Medical and sanitary report of the native army of Bengal for the year
Year: 1877
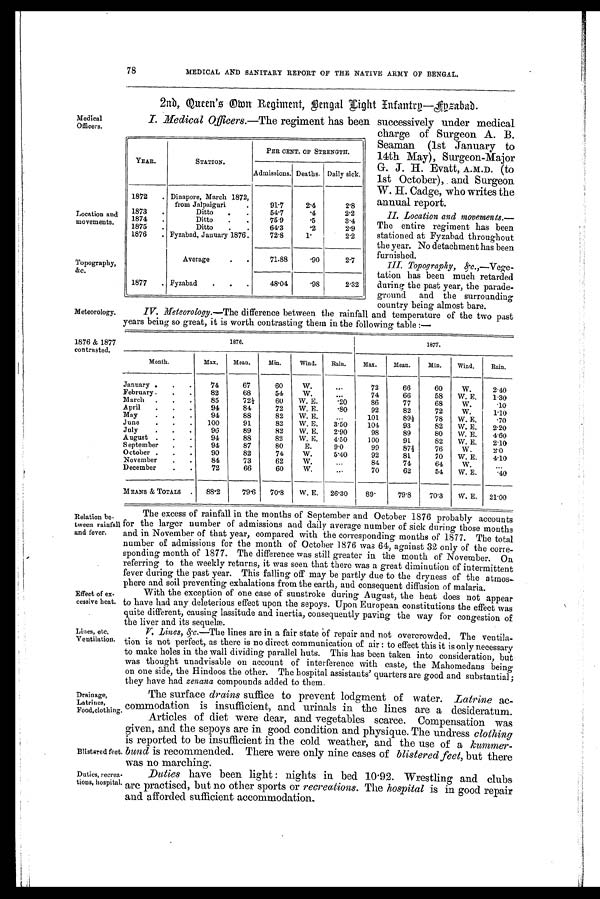
YEAR.
STATION.
PER CENT. OF STRENGTH.
Admissions. Deaths. Daily sick.
1872
. Dinapore, March 1872,
from Jalpaiguri
91.7
2.4
2.8
1873
.
Ditto
.
.
54.7
. 4 2.2
1874
.
Ditto
.
.
75.9
. 5 3.4
1875
.
Ditto
.
.
64.3
. 2 2.9
1876
. Fyzabad, January 1876.
72.8
1.
2.2
Average
71.88
. 9 0 2.7
1877
. Fyzabad
.
.
.
48.04
. 9 8 2.32
Location and
movements.
Topography,
&c.
Drainage,
Latrines,
Food, clothing
Blistered feet
Duties, recvea
tions, hospital
Medical
Officers.
Meteorology.
78
MEDICAL AND SANITARY REPORT OF THE NATIVE ARMY OF BENGAL.
2nd. Queen's Own Regiment. Bengal Light Infantry—Fyzabad.
I. Medical Officers.—The regiment has been successively under medical
charge of Surgeon A. B.
Seaman (1st January to
14th. May), Surgeon-Major
G. J. H. Evatt, A.M.D. (to
1st October), and Surgeon
W. H. Cadge, who writes the
annual report.
II. Location and movements.
— T h e e n t i r e r e g i m e n t h a s b e e n
stationed at Fyzabad throughout
the year. No detachment has been
furnished.
III. Topography, &c.,— Vege-
tation has been much retarded
during the past year, the parade-
ground and the surrounding
country being almost bare.
IV. Meteorology.—The difference between the rainfall and temperature of the two past
years being so great, it is worth contrasting them in the following table :—
1876 & 1877
contrasted.
Effect of ex-
cessive heat.
Lines, etc,
Ventilation.
Relation be-
tween rainfall
and fever.
1876.
1877.
Month.
Max.
Mean.
Min.
Wind.
Rain.
Max.
Mean.
Min.
Wind.
Rain.
January .
.
.
74
67
60
W.
...
72
66
60
W.
2.40
February .
.
.
82
68
54
W.
...
74
66
58
W. E.
1.30
March
.
.
.
85
72½
60
W. E.
. 2 0
86
77
68
W.
.10
April
.
.
.
94
84
72
W. E.
. 8 0
92
82
72
W.
1.10
May
.
.
.
94
88
82
W. E.
...
101
89½
78
W. E.
.70
June
.
.
.
100
91
82
W. E.
3.50
104
93
82
W. E.
2.20
July
.
.
.
96
89
82
W. E.
2.90
98
89
80
W. E.
4.60
August .
.
.
94
88
82
W. E.
4.50
100
91
82
W. E.
2.10
September
.
.
94
87
80
E.
9.0
99
87½
76
W.
2.0
October .
.
.
90
82
74
W.
5.40
92
81
70
W. E.
4.10
November
.
.
84
73
62
W.
...
84
74
64
W.
...
December
.
.
72
66
60
W.
...
70
62
54
W. E.
.40
MEANS & TOTALS
.
88.2
79.6
70.8
W. E.
26.30
89.
79.8
70.3
W. E.
21.00
The excess of rainfall in the months of September and October 1876 probably accounts
for the larger number of admissions and daily average number of sick during those months
and in November of that year, compared with the corresponding months of 1877. The total
number of admissions for the month of October 1876 was 64, against 32 only of the corre-
sponding month of 1877. The difference was still greater in the mouth of November. On
referring to the weekly returns, it was seen that there was a great diminution of intermittent
fever during the past year. This falling off may be partly due to the dryness of the atmos-
phere and soil preventing exhalations from the earth, and consequent diffusion of malaria.
With the exception of one case of sunstroke during August, the heat does not appear
to have had any deleterious effect upon the sepoys. Upon European constitutions the effect was
quite different, causing lassitude and inertia, consequently paving the way for congestion of
the liver and its sequelæ.
V. Lines, &c.—T h e
lines are in a fair state of repair and not overcrowded. The ventila-
tion is not perfect, as there is no direct communication of air : to effect this it is only necessary
to make holes in the wall dividing parallel huts. This has been taken into consideration, but
was thought unadvisable on account of interference with caste, the Mahomedans being
on one side, the Hindoos the other. The hospital assistants' quarters are good and substantial ;
they have had zenana compounds added to them.
The surface drains suffice to prevent lodgment of water. Latrine ac-
commodation is insufficient, and urinals in the lines are a desideratum.
Articles of diet were dear, and vegetables scarce. Compensation was
given, and the sepoys are in good condition and physique. The undress clothing
is reported to be insufficient in the cold weather, and the use of a kummer-
bund is recommended. There were only nine cases of blistered feet, but there
was no marching.
Duties have been light : nights in bed 10.92. Wrestling and clubs
are practised, but no other sports or recreations. The hospital is in good repair
and afforded sufficient accommodation.